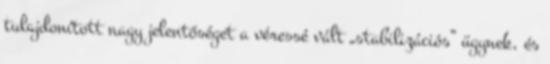
tulajdonított nagy jelentőséget a véressé vált „stabilizációs” ügynek, és